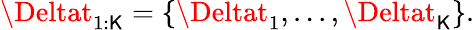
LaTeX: \Deltat_{1:\mathsf{K}}=\left\{ \Deltat_{1},...,\Deltat_{\mathsf{K}}\right\} .